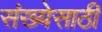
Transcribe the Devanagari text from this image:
संख्‍येसाठी